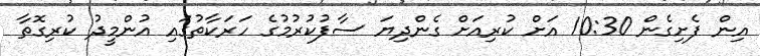
އިން ފެށިގެން 10:30 އަށް ކުރިއަށް ގެންދިޔަ ސާފުކުރުމުގެ ހަރަކާތުގައި އުންމީދު ކުރިގޮތާ